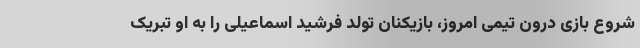
شروع بازی درون تیمی امروز، بازیکنان تولد فرشید اسماعیلی را به او تبریک